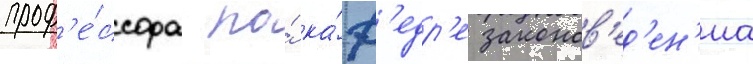
проф'е́ссора по́ ка́ф'едр'е законов'ед'ен'иа